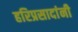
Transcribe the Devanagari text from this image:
हरिप्रसादांनी